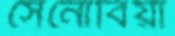
সেনোবিয়া